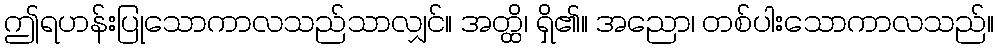
ဤရဟန်းပြုသောကာလသည်သာလျှင်။ အတ္ထိ၊ ရှိ၏။ အညော၊ တစ်ပါးသောကာလသည်။